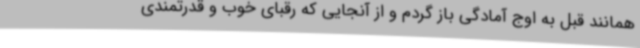
همانند قبل به اوج آمادگی باز گردم و از آنجایی که رقبای خوب و قدرتمندی